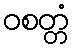
ဝစတ္တံ